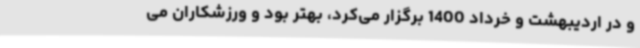
و در اردیبهشت و خرداد 1400 برگزار می‌کرد، بهتر بود و ورزشکاران می